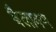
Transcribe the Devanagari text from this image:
बैलावण